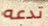
تدعه